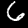
Digit: 6